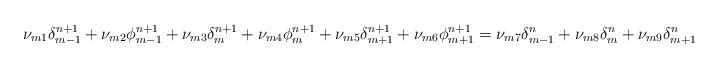
LaTeX: \begin{align*}\nu _{m1}\delta _{m-1}^{n+1}+\nu _{m2}\phi _{m-1}^{n+1}+\nu _{m3}\delta_{m}^{n+1}+\nu _{m4}\phi _{m}^{n+1}+\nu _{m5}\delta _{m+1}^{n+1}+\nu_{m6}\phi _{m+1}^{n+1}=\nu _{m7}\delta _{m-1}^{n}+\nu _{m8}\delta_{m}^{n}+\nu _{m9}\delta _{m+1}^{n} \end{align*}